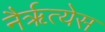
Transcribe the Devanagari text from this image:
नैर्ॠत्येस